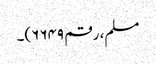
مسلم، رقم ۶۶۴۹)۔